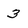
Character: 3